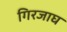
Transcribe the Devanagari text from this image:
गिरजाघ